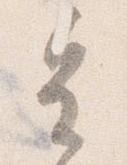
皇